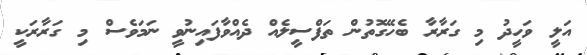
އަލީ ވަހީދު މި ގަރާރާ ބެހޭގޮތުން ތަފްސީލެއް ދެއްވާފައިނުވީ ނަމަވެސް މި ގަރާރަކީ